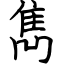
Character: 雋